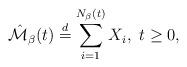
LaTeX: \begin{align*}\hat{\mathcal{M}}_{\beta}(t)\stackrel{d}{=}\sum_{i=1}^{N_{\beta}(t)}X_{i},\ t\ge0,\end{align*}